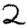
Digit: 2